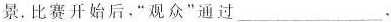
景.比赛开始后，”观众”通过___.